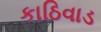
કાઠિવાડ